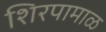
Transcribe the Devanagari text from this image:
शिरपामाळ